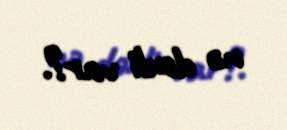
nə dəxli var?.